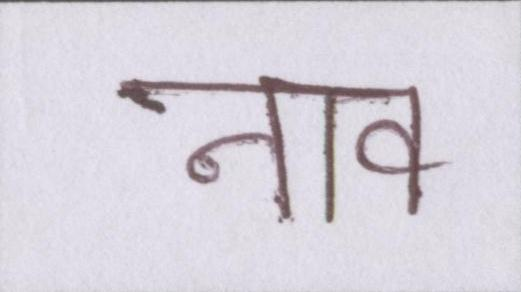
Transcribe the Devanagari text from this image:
नाव